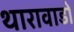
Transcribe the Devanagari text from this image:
थारावाडों